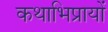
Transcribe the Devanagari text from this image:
कथाभिप्रायों